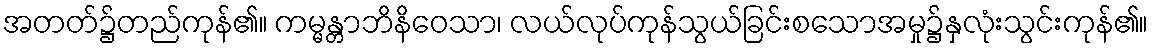
အတတ်၌တည်ကုန်၏။ ကမ္မန္တာဘိနိဝေသာ၊ လယ်လုပ်ကုန်သွယ်ခြင်းစသောအမှု၌နှလုံးသွင်းကုန်၏။